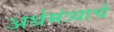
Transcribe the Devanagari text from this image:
अर्थमंत्र्याचे